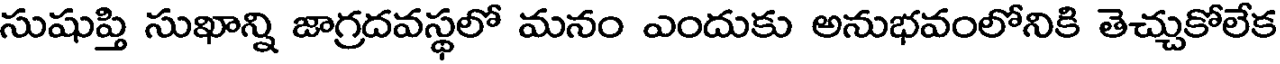
సుషుప్తి సుఖాన్ని జాగ్రదవస్థలో మనం ఎందుకు అనుభవంలోనికి తెచ్చుకోలేక